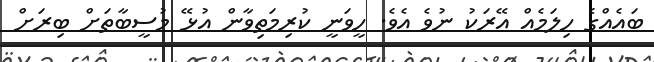
ބައެއްގެ ހިލަމެއް އޭރަކު ނުވެ އެވެ. ހީވަނީ ކުރިމަތިވާން އުޅޭ މުސީބާތަށް ބިރަށް